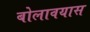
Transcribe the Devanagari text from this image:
बोलावयास